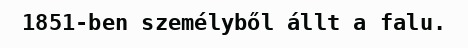
1851-ben személyből állt a falu.